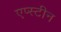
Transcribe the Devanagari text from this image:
एप्स्टीन